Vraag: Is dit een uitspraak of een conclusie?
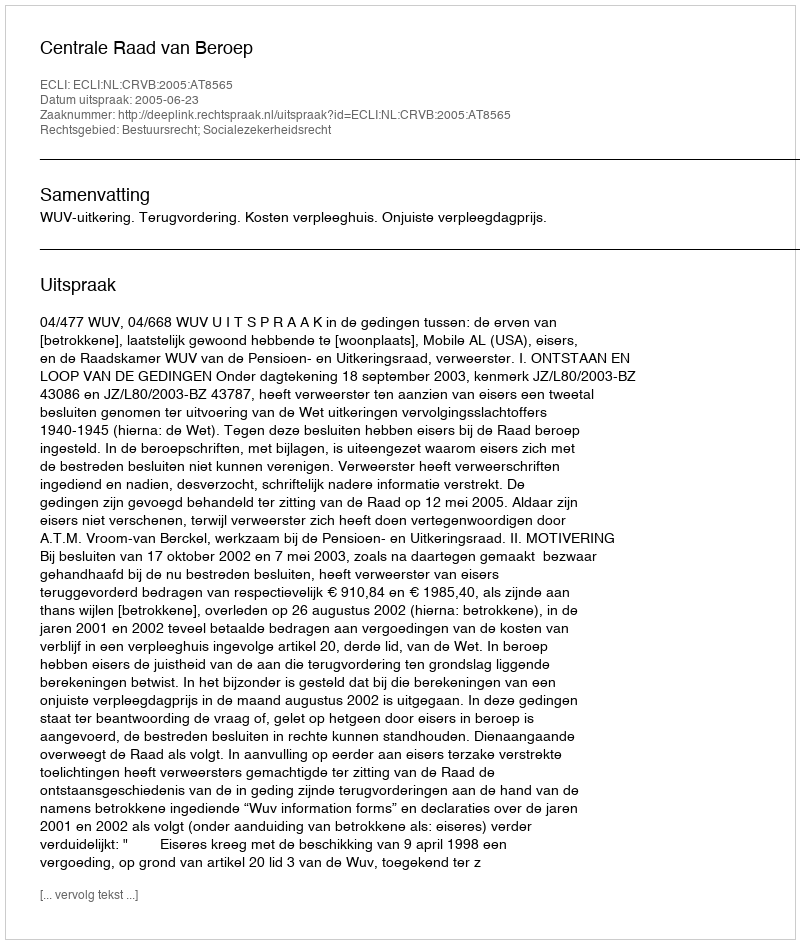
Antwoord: Uitspraak